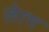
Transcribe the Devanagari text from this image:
लेाग